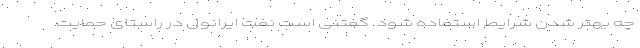
چه بهتر شدن شرایط استفاده شود. گفتنی است نفت ایرانول در راستای حمایت